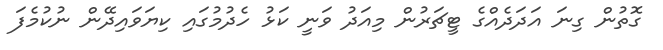
ގޮތުން ގިނަ އަދަދެއްގެ ޓީޗަރުން މިއަދު ވަނީ ކަޅު ހެދުމުގައި ކިޔަވައިދޭން ނުކުމެފަ